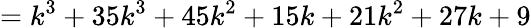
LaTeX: =k^{3}+35k^{3}+45k^{2}+15k+21k^{2}+27k+9